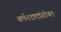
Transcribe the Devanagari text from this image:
बर्मनदादांसोबत